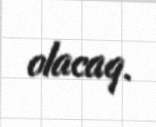
olacaq.